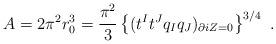
LaTeX: \begin{align*}A = 2\pi^2 r_0^3 = {\pi^2\over 3} \left\{ (t^I t^J q_I q_J)_{\partial iZ=0}\right\}^{3/4} \ .\end{align*}